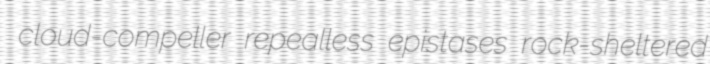
cloud-compeller repealless epistases rock-sheltered